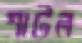
শাটল